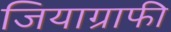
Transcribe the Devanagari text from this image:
जियाग्राफी